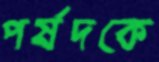
পর্ষদকে